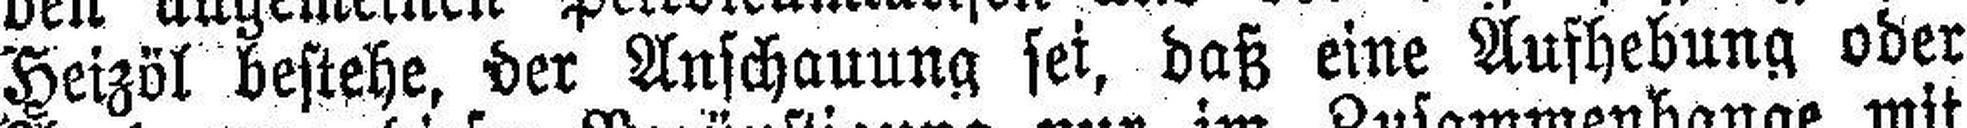
Heizöl bestehe, der Anschauung sei, daß eine Aufhebung oder